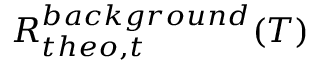
R _ { t h e o , t } ^ { b a c k g r o u n d } ( T )